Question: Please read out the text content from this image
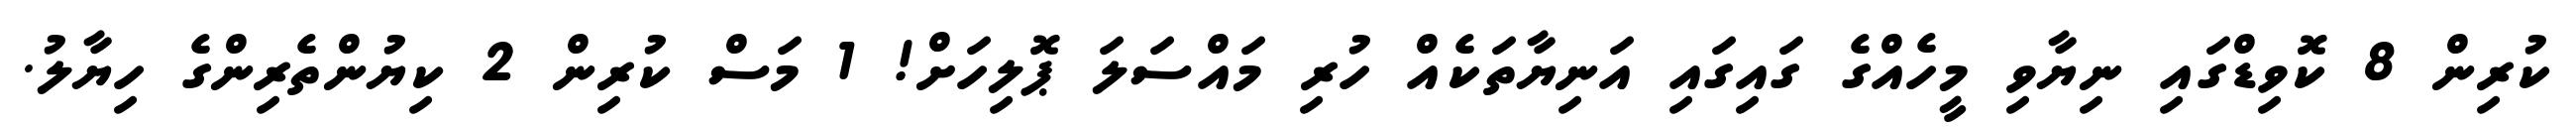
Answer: ކުރިން 8 ކޮވިޑްގައި ނިޔާވި މީހެއްގެ ގައިގައި އަނިޔާތަކެއް ހުރި މައްސަލަ ޕޮލިހަށް! 1 މަސް ކުރިން 2 ކިޔުންތެރިންގެ ހިޔާލު.